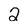
Character: 2